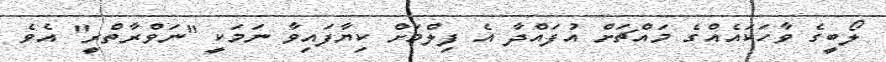
ލޯބީގެ ވާހަކައެއްގެ މައްޗަށް އުފައްދާ އެ ފިލްމަށް ކިޔާފައިވާ ނަމަކީ "ނަވްރާތްރީ" އެވެ